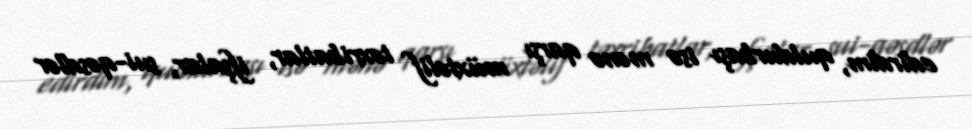
edirdim, quldurbaşı isə mənə qarşı müxtəlif təxribatlar, ifşalar, sui-qəsdlər